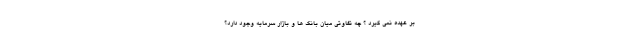
بر عهده نمی گیرد ؟ چه تفاوتی میان بانک ها و بازار سرمایه وجود دارد؟